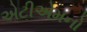
એટીએમનો